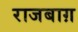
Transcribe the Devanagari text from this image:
राजबाग़